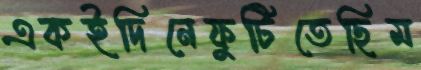
একইদিনেফুটিতেছিম